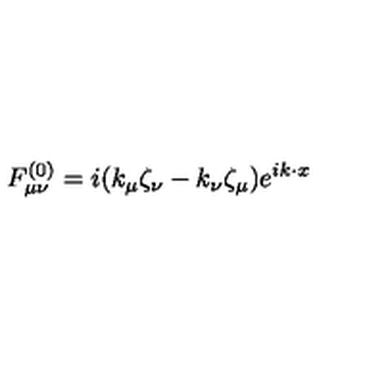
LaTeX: F _ { \mu \nu } ^ { ( 0 ) } = i ( k _ { \mu } \zeta _ { \nu } - k _ { \nu } \zeta _ { \mu } ) e ^ { i k \cdot x }